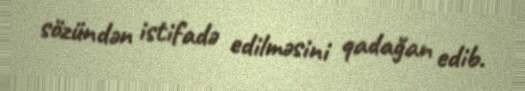
sözündən istifadə edilməsini qadağan edib.